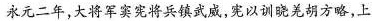
永元二年，大将军窦宪将兵镇武威，宪以训晓羌胡方略，上